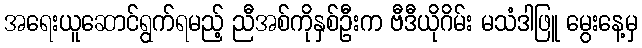
အရေးယူဆောင်ရွက်ရမည့် ညီအစ်ကိုနှစ်ဦးက ဗီဒီယိုဂိမ်း မသံဒါဖြူ မွေးနေ့မှ